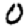
Digit: 0